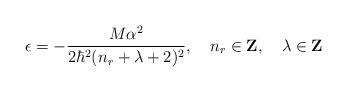
\begin{align*}\epsilon=-\frac{M\alpha^2}{2\hbar^2(n_r+\lambda+2)^2},\,\,\,\,\,\,n_r \in {\rm {\bf Z}},\,\,\,\,\,\,\lambda \in {\rm {\bf Z}}\end{align*}